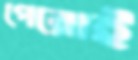
পেরোই